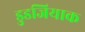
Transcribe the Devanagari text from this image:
डुडजियाक